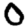
Digit: 0